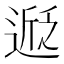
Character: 𬨵